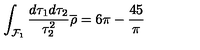
\int _ { { \cal F } _ { 1 } } \frac { d \tau _ { 1 } d \tau _ { 2 } } { \tau _ { 2 } ^ { 2 } } \overline { { \rho } } = 6 \pi - \frac { 4 5 } { \pi }